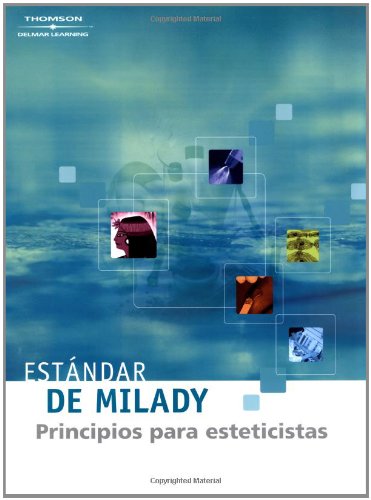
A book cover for Estandar de Milady: Fundamento para esteticistas (Spanish Edition); Joel Gerson; Health, Fitness & Dieting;